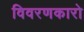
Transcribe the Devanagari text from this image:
विवरणकारो